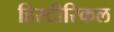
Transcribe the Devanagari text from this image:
हिस्टीरिकल